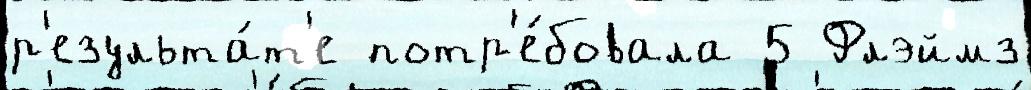
р'езульта́т'е потр'е́бовала 5 Флэймз